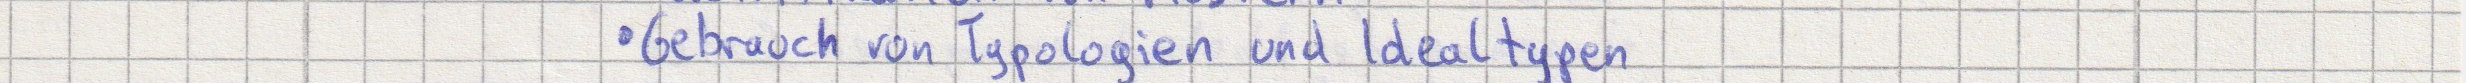
Gebrauch von Typologien und Idealtypen